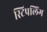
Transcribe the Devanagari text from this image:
स्टिपलिंग